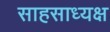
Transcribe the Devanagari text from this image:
साहसाध्यक्ष